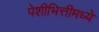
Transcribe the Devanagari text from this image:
पेशीभित्तीमध्ये